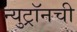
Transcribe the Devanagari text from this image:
न्युट्रॉनची